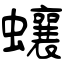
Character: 蠰